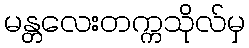
မန္တလေးတက္ကသိုလ်မှ